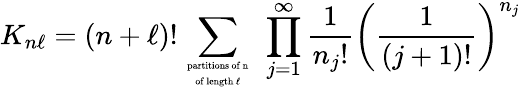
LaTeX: K_{n\ell}=(n+\ell)!\sum_{{\mathrm{\scriptsize~partitions~of~n~}}\atop{\mathrm{\scriptsize~of~length~\ell~}}}\; \prod_{j=1}^{\infty}\frac{1}{{n_{j}}!}\left(\frac{1}{(j+1)!}\right)^{n_{j}}